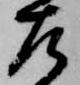
左